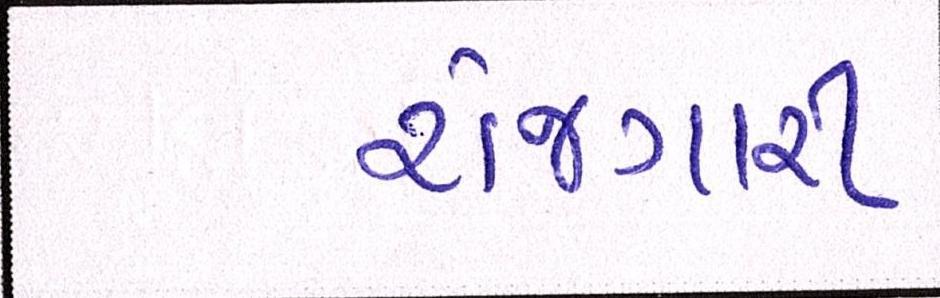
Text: રોજગારી